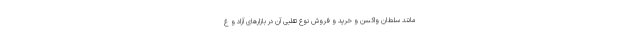
مانند سلطان واکسن و خرید و فروش نوع تقلبی آن در بازارهای آزاد و غ